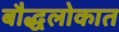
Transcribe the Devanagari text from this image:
बौद्धलोकात